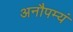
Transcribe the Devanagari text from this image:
अनौपम्यं